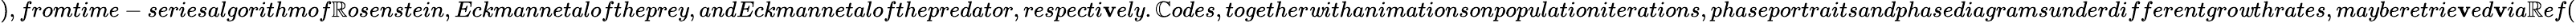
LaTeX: ),fromtime-seriesalgorithmof\mathbb{R}osenstein,Eckmannetaloftheprey,andEckmannetalofthepredator,respecti\mathbf{v}ely.\mathbb{C}odes,together\mathit{w}ithanimationsonpopulationiterations,phaseportraitsandphasediagramsunderdifferentgro\mathit{w}thrates,mayberetrie\mathbf{v}ed\mathbf{v}ia\mathbb{R}ef(